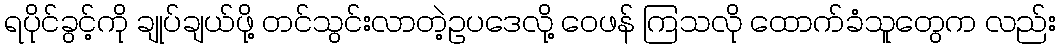
ရပိုင်ခွင့်ကို ချုပ်ချယ်ဖို့ တင်သွင်းလာတဲ့ဥပဒေလို့ ဝေဖန် ကြသလို ထောက်ခံသူတွေက လည်း